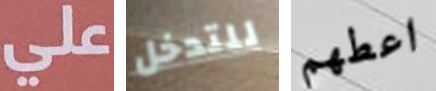
علي للتدخل اعطهم